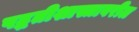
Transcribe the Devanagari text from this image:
पद्धतीशास्त्रावरील